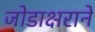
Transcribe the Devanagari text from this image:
जोडाक्षराने